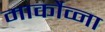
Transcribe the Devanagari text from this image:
मार्कोव्ना